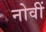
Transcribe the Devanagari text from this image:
नोवीं